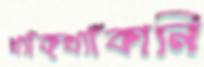
খ্যাঁক্‌খ্যাঁকানি